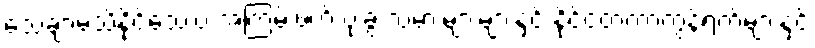
သေချာမသိနိုင်သေးပဲ အကြမ်းဖက် ဗုံးခွဲ သမားများများနှင့် နိုင်ငံတကာကွန်ရက်များနှင့်